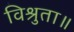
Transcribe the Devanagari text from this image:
विश्रुता॥